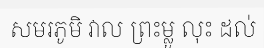
សមរភូមិ វាល ព្រះម្លូ លុះ ដល់